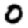
Digit: 0